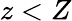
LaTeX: z<Z